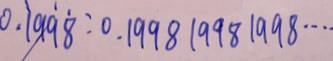
0 . \dot { 1 } 9 \dot { 9 } \dot { 8 } : 0 . 1 9 9 8 1 9 9 8 1 9 9 8 \cdots